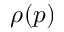
\rho ( p )